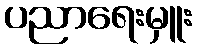
ပညာရေးမှူး